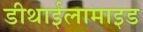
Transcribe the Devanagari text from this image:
डीथाईलामाइड